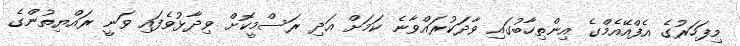
މިފަހަރުގެ އެފްއޭއެމްގެ އިންތިހާބުގައި ވާދަކުރައްވާނެ ކަމަށް އަދި ރަސްމީކޮށް ވިދާޅުވެފައި ވަނީ ރައްޔިތުންގެ